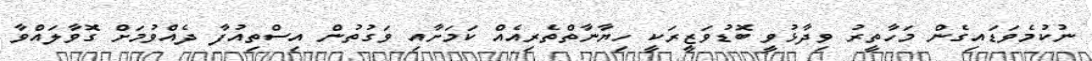
ނުކުމެވަޑައިގެން މަހާތީރު ވިދާޅުވީ ބޮޑުވަޒީރަކީ ހިޔާނާތްތެރިއެއް ކަމަށާއި ވަގުތުން އިސްތިއުފާ ދެއްވުމަށް ގޮވާލައްވާ